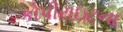
કોપીરાઇટના